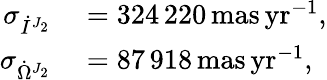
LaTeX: \begin{array}{rl}{\sigma_{\dot{I}^{J_{2}}}}&{{}=324\, 220\, \mathrm{mas\, yr}^{-1},}\\ {\sigma_{\dot{\Omega}^{J_{2}}}}&{{}=87\, 918\, \mathrm{mas\, yr}^{-1},}\end{array}